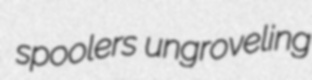
spoolers ungroveling